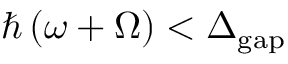
\hbar \left( \omega + \Omega \right) < \Delta _ { \mathrm { g a p } }